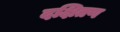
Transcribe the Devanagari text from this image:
दक्षितण